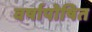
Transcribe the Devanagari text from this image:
वर्षापोषित